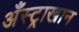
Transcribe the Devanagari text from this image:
अँस्ट्राखान